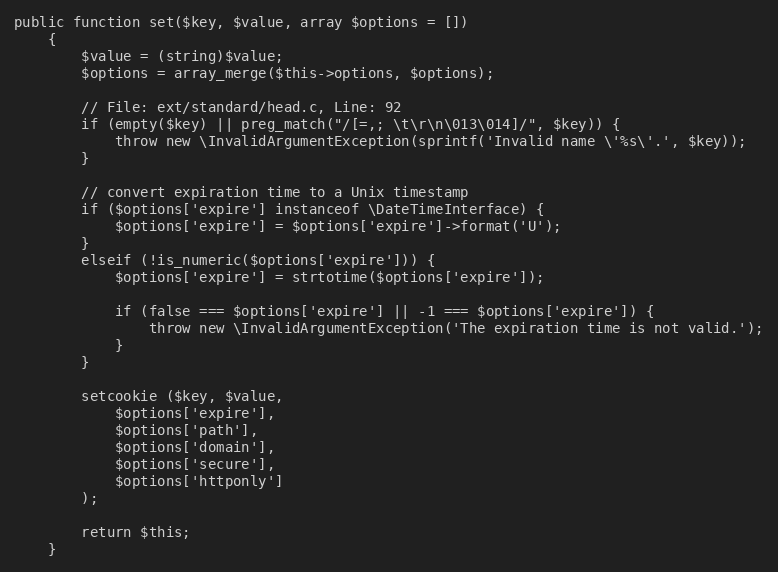
Language: PHP
public function set($key, $value, array $options = [])
    {
        $value = (string)$value;
        $options = array_merge($this->options, $options);

        // File: ext/standard/head.c, Line: 92
        if (empty($key) || preg_match("/[=,; \t\r\n\013\014]/", $key)) {
            throw new \InvalidArgumentException(sprintf('Invalid name \'%s\'.', $key));
        }

        // convert expiration time to a Unix timestamp
        if ($options['expire'] instanceof \DateTimeInterface) {
            $options['expire'] = $options['expire']->format('U');
        }
        elseif (!is_numeric($options['expire'])) {
            $options['expire'] = strtotime($options['expire']);

            if (false === $options['expire'] || -1 === $options['expire']) {
                throw new \InvalidArgumentException('The expiration time is not valid.');
            }
        }

        setcookie ($key, $value,
            $options['expire'],
            $options['path'],
            $options['domain'],
            $options['secure'],
            $options['httponly']
        );

        return $this;
    }